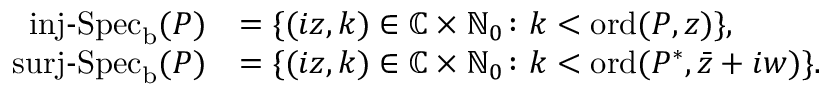
\begin{array} { r l } { \operatorname { i n j - S p e c } _ { \mathrm { b } } ( P ) } & { = \{ ( i z , k ) \in \mathbb { C } \times \mathbb { N } _ { 0 } \colon k < \operatorname { o r d } ( P , z ) \} , } \\ { \operatorname { s u r j - S p e c } _ { \mathrm { b } } ( P ) } & { = \{ ( i z , k ) \in \mathbb { C } \times \mathbb { N } _ { 0 } \colon k < \operatorname { o r d } ( P ^ { * } , \bar { z } + i w ) \} . } \end{array}